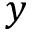
y